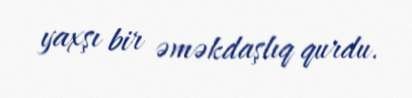
yaxşı bir əməkdaşlıq qurdu.